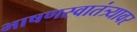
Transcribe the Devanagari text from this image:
भाषणस्वातंत्र्यावर